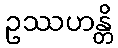
ဥဿဟန္တိ